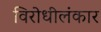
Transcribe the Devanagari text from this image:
विरोधीलंकार